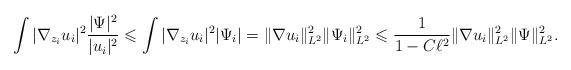
LaTeX: \begin{align*} \int |\nabla_{z_i} u_i|^2 \frac{|\Psi|^2}{|u_i|^2} \leqslant \int |\nabla_{z_i} u_i|^2 |\Psi_i|= \|\nabla u_i\|_{L^2}^2 \|\Psi_i\|_{L^2}^2 \leqslant \frac{1}{1-C\ell^2} \|\nabla u_i\|_{L^2}^2 \|\Psi\|_{L^2}^2. \end{align*}